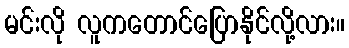
မင်းလို လူကတောင်ပြောနိုင်လို့လား။